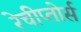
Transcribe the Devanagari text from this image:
रेचीप्तोर्स